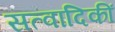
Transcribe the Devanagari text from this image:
सत्वादिकीं